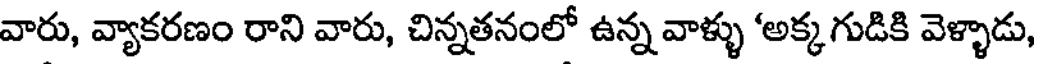
వారు, వ్యాకరణం రాని వారు, చిన్నతనంలో ఉన్న వాళ్ళు 'అక్కగుడికి వెళ్ళాడు,